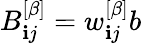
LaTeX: B_{\mathbf{i}j}^{\left[\beta\right]}=w_{\mathbf{i}j}^{\left[\beta\right]}b